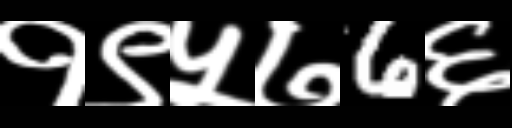
Text: १९५७6६